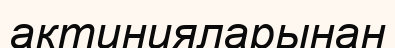
актинияларынан